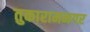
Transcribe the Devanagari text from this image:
तुकारामनगर